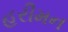
હરીમન